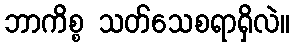
ဘာကိစ္စ သတ်သေစရာရှိလဲ။